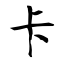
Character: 卡